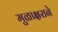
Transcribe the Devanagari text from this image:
मुळाक्षराने